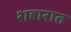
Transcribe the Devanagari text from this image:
शहारात